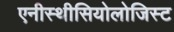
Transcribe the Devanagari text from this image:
एनीस्थीसियोलोजिस्ट